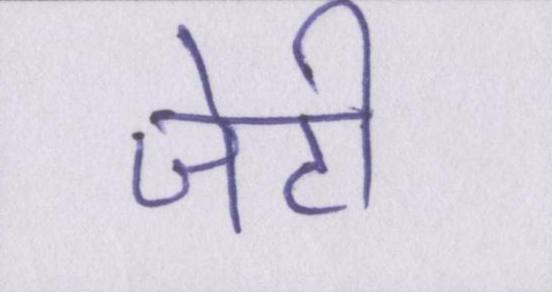
जेटी